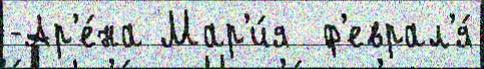
-Ар'е́на Мар'и́я  ф'еврал'я́